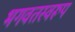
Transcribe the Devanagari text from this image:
भगवतस्वरूप